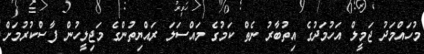
މުހައްމަދު ޖަމީލް އަހުމަދުގެ އިތުބާރު ނެތް ކަމުގެ މައްސަލަ ރައްޔިތުންގެ މަޖިލީހުން ފާސްކުރުމަށް